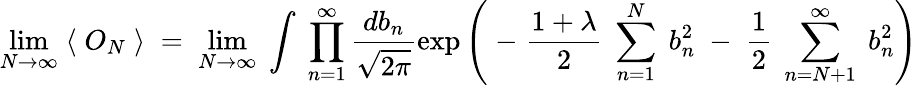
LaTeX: \operatorname*{lim}_{N\rightarrow\infty}\; \langle\; O_{N}\; \rangle\; =\; \operatorname*{lim}_{N\rightarrow\infty}\; \int\; \prod_{n=1}^{\infty}\frac{db_{n}}{\sqrt{2\pi}}\exp\left(\; -\; \frac{1+\lambda}{2}\; \sum_{n=1}^{N}\; b_{n}^{2}\; -\; \frac{1}{2}\; \sum_{n=N+1}^{\infty}\; b_{n}^{2}\right)